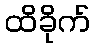
ထိခိုက်